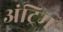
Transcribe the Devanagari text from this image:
अंट्रिम